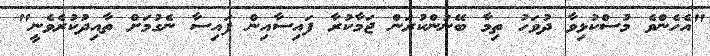
"އެހެންވެ މުސްކުޅިވާ ދުވަހު ތިމާ ބޭނުންކުރަން ޖަމާކުރާ ފައިސާއިން ފައިސާ ނެގުމަށް ތާއިދުކުރެވެނީ"